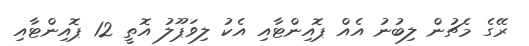
ރޭގެ މެޗުން ލިބުނު އެއް ޕޮއިންޓާއި އެކު ލިވަޕޫލު އޮތީ 12 ޕޮއިންޓާއި